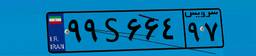
۹۹S۶۶۴۹۷